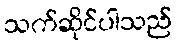
သက်ဆိုင်ပါသည်